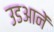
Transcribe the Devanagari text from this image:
उडआनें